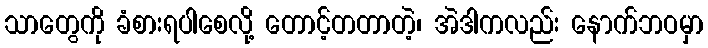
သာတွေကို ခံစားရပါစေလို့ တောင့်တတာတဲ့၊ အဲဒါကလည်း နောက်ဘဝမှာ